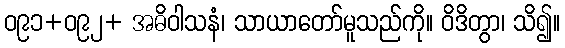
ဝ၉၁+ဝ၉၂+ အဓိဝါသနံ၊ သာယာတော်မူသည်ကို။ ဝိဒိတွာ၊ သိ၍။